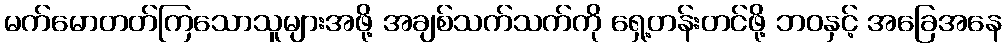
မက်မောတတ်ကြသောသူများအဖို့ အချစ်သက်သက်ကို ရှေ့တန်းတင်ဖို့ ဘဝနှင့် အခြေအနေ